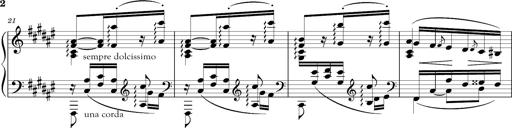
Title: Schlummerlied mit Arabesken
Composer: Franz Liszt
Key: F-sharp major